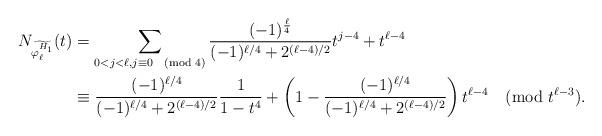
LaTeX: \begin{align*}N_{\widetilde{\varphi_\ell^{H_1}}}(t)&=\sum_{0<j<\ell,j\equiv 0\pmod{4}}\frac{(-1)^{\frac{\ell}{4}}}{(-1)^{\ell/4}+2^{(\ell-4)/2}}t^{j - 4}+t^{\ell- 4}\\&\equiv \frac{(-1)^{\ell/4}}{(-1)^{\ell/4}+2^{(\ell-4)/2}}\frac{1}{1-t^4}+\left(1-\frac{(-1)^{\ell/4}}{(-1)^{\ell/4}+2^{(\ell-4)/2}}\right)t^{\ell- 4}\pmod{t^{\ell-3}}. \end{align*}